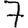
Digit: 7